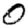
Digit: 0